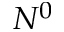
N ^ { 0 }